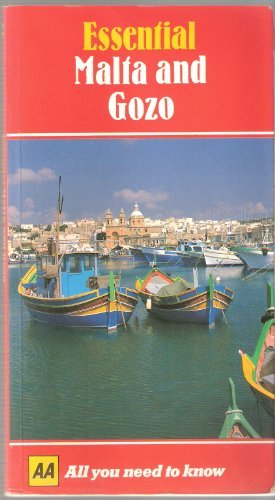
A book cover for Essential Malta and Gozo (AA Essential); Carole Chester; Travel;